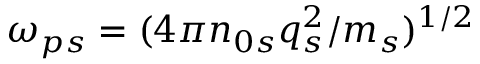
\omega _ { p s } = ( 4 \pi n _ { 0 s } q _ { s } ^ { 2 } / m _ { s } ) ^ { 1 / 2 }